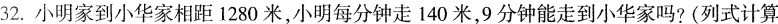
32.小明家到小华家相距1280米，小明每分钟走140米，9分钟能走到小华家吗?(列式计算